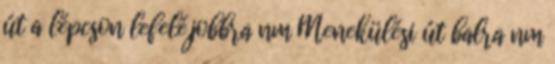
út a lépcson lefelé,jobbra nm Menekülési út balra nm